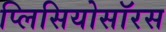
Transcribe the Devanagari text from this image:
प्लिसियोसॉरस